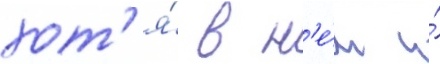
хот'я́ в н'е́м и́